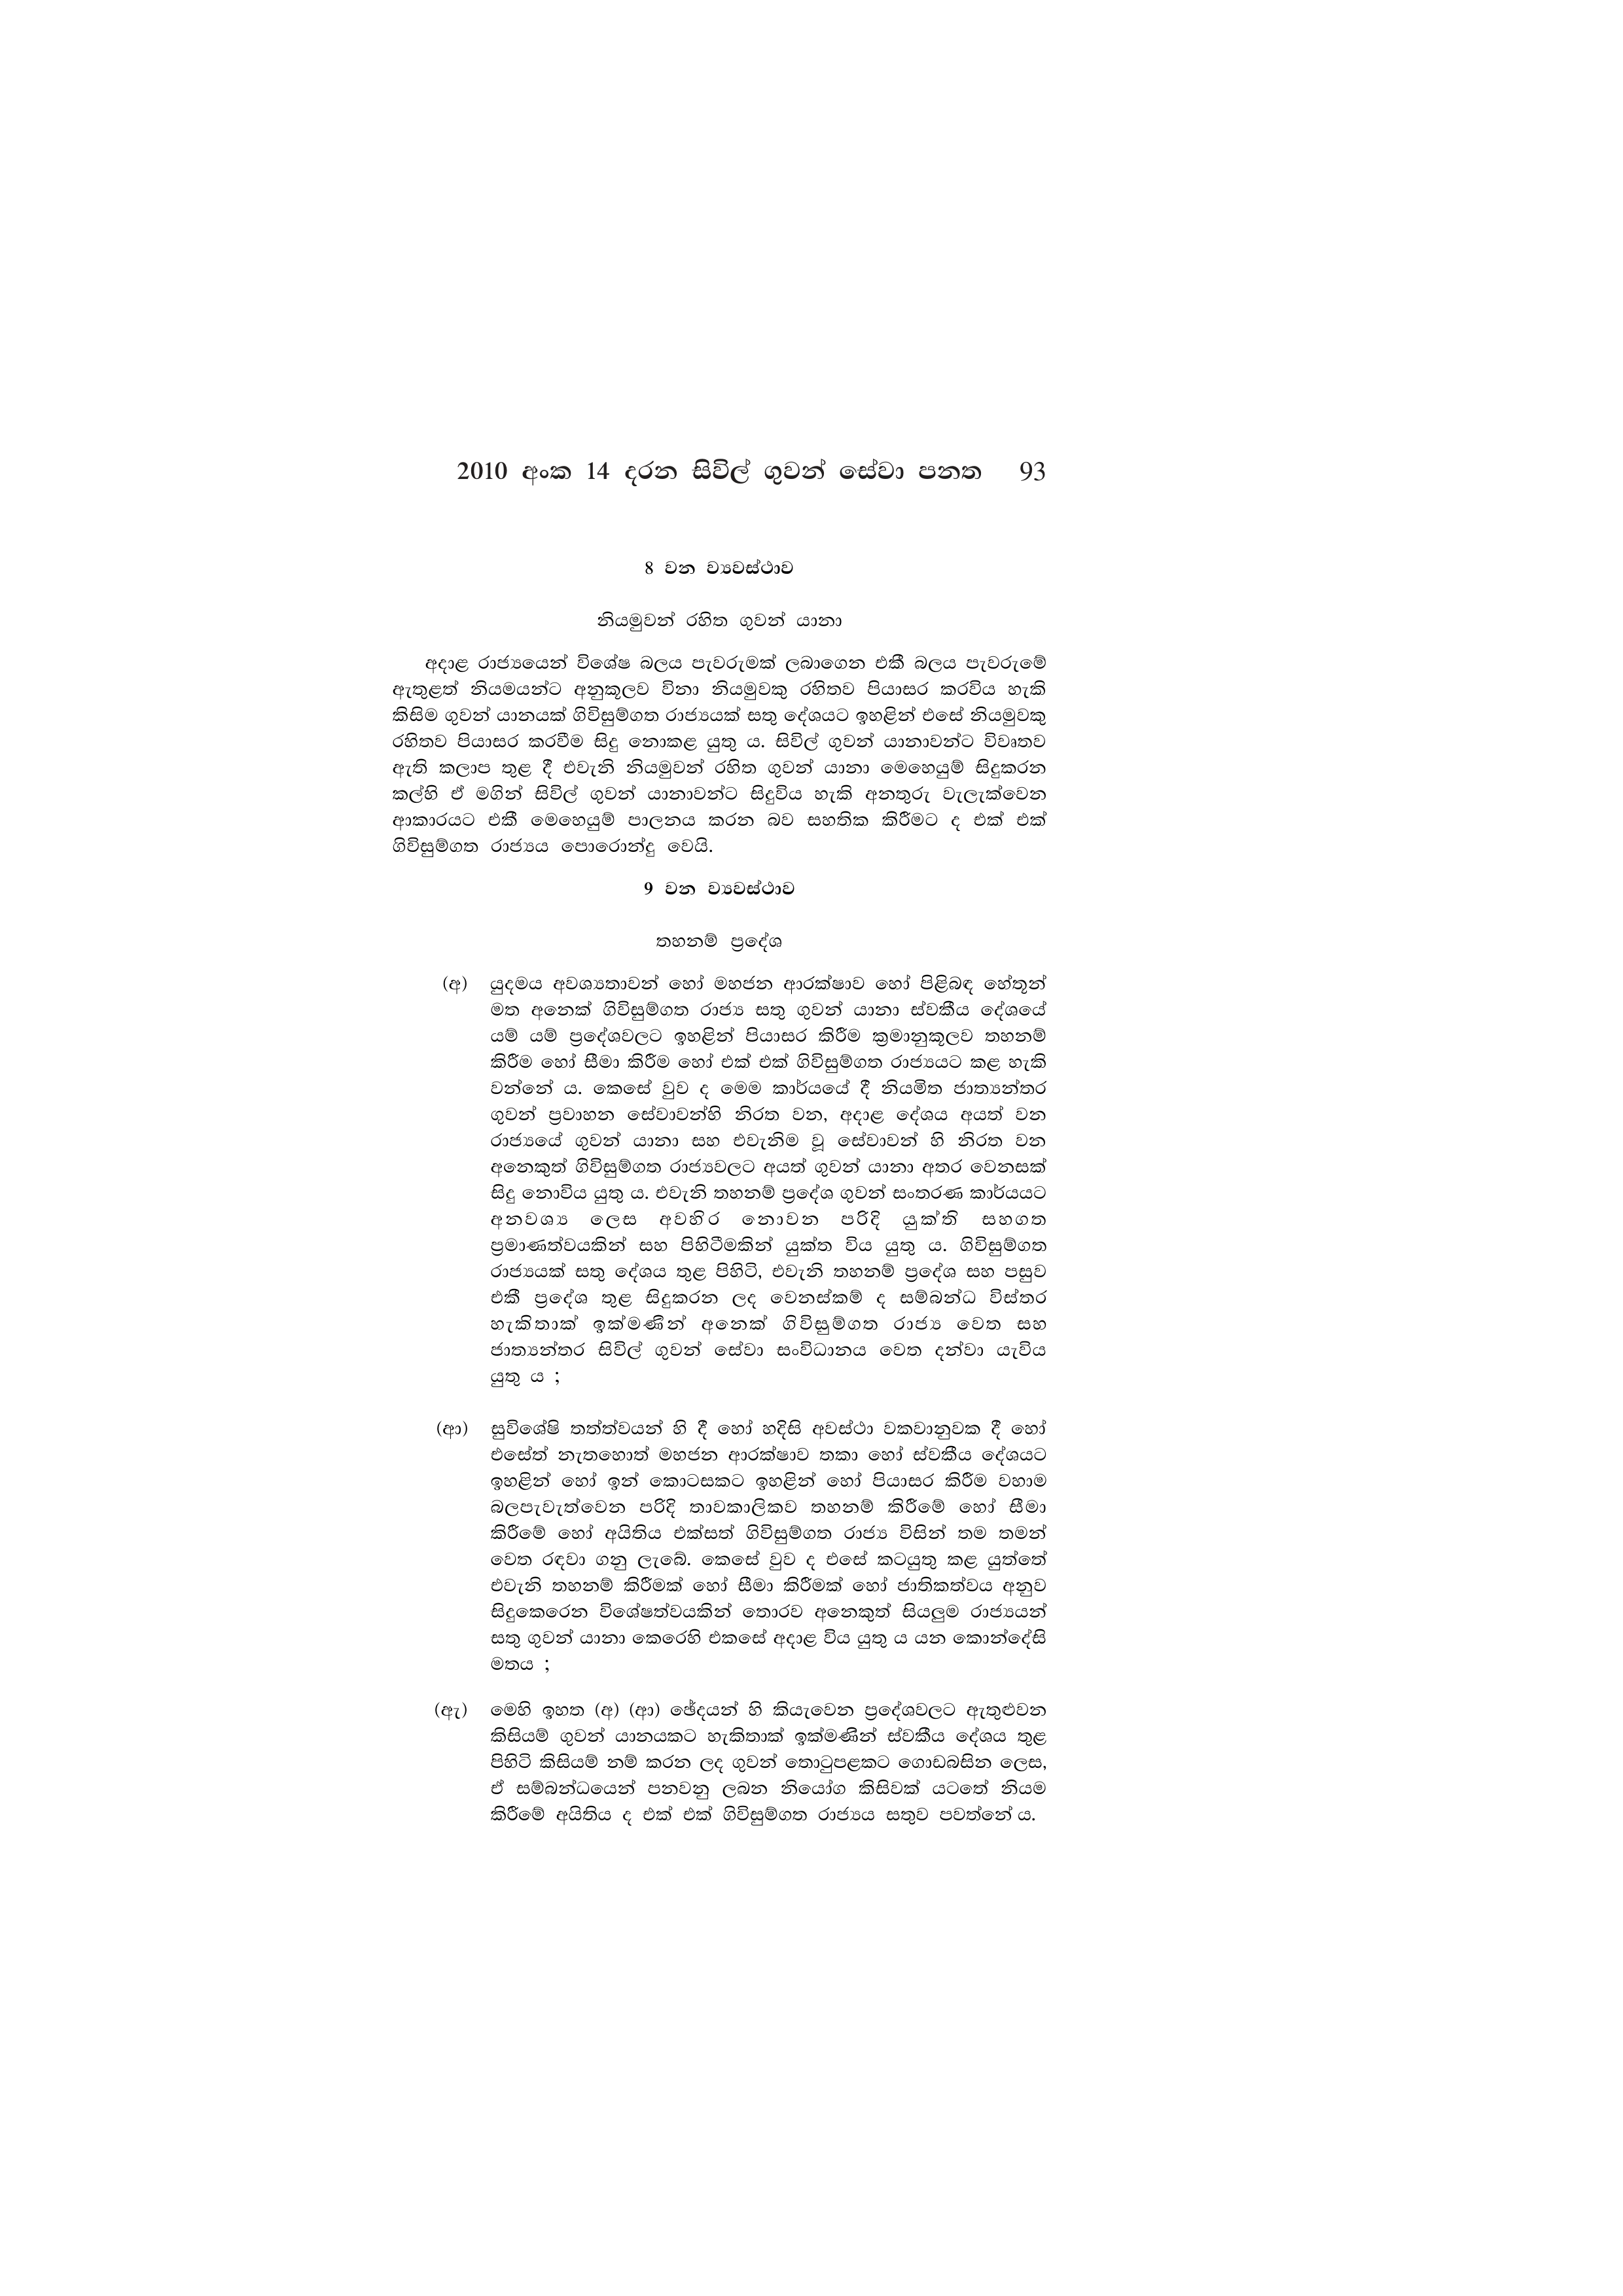
2010 අංක 14 දරන සිවිල් ගුවන් සේවා පනත 93

8 වන ව්‍යවස්ථාව

නියමුවන් රහිත ගුවන් යානා

අදාළ රාජ්‍යයෙන් විශේෂ බලය පැවරුමක් ලබාගෙන එකී බලය පැවරුමේ
ඇතුළත් නියමයන්ට අනුකූලව විනා නියමුවකු රහිතව පියාසර කරවිය හැකි
කිසිම ගුවන් යානයක් ගිවිසුම්ගත රාජ්‍යයක් සතු දේශයට ඉහළින් එසේ නියමුවකු
රහිතව පියාසර කරවීම සිදු නොකළ යුතු ය. සිවිල් ගුවන් යානාවන්ට විවෘතව
ඇති කලාප තුළ දී එවැනි නියමුවන් රහිත ගුවන් යානා මෙහෙයුම් සිදුකරන
කල්හි ඒ මගින් සිවිල් ගුවන් යානාවන්ට සිදුවිය හැකි අනතුරු වැලැක්වෙන
ආකාරයට එකී මෙහෙයුම් පාලනය කරන බව සහතික කිරීමට ද එක් එක්
ගිවිසුම්ගත රාජ්‍යය පොරොන්දු වෙයි.

9 වන ව්‍යවස්ථාව

තහනම් ප්‍රදේශ

(අ) යුදමය අවශ්‍යතාවන් හෝ මහජන ආරක්ෂාව හෝ පිළිබඳ හේතූන්
මත අනෙක් ගිවිසුම්ගත රාජ්‍ය සතු ගුවන් යානා ස්වකීය දේශයේ
යම් යම් ප්‍රදේශවලට ඉහළින් පියාසර කිරීම ක්‍රමානුකූලව තහනම්
කිරීම හෝ සීමා කිරීම හෝ එක් එක් ගිවිසුම්ගත රාජ්‍යයට කළ හැකි
වන්නේ ය. කෙසේ වුව ද මෙම කාර්යයේ දී නියමිත ජාත්‍යන්තර
ගුවන් ප්‍රවාහන සේවාවන්හි නිරත වන, අදාළ දේශය අයත් වන
රාජ්‍යයේ ගුවන් යානා සහ එවැනිම වූ සේවාවන් හි නිරත වන
අනෙකුත් ගිවිසුම්ගත රාජ්‍යවලට අයත් ගුවන් යානා අතර වෙනසක්
සිදු නොවිය යුතු ය. එවැනි තහනම් ප්‍රදේශ ගුවන් සංතරණ කාර්යයට
අනවශ්‍ය ලෙස අවහිර නොවන පරිදි යුක්ති සහගත
ප්‍රමාණත්වයකින් සහ පිහිටීමකින් යුක්ත විය යුතු ය. ගිවිසුම්ගත
රාජ්‍යයක් සතු දේශය තුළ පිහිටි, එවැනි තහනම් ප්‍රදේශ සහ පසුව
එකී ප්‍රදේශ තුළ සිදුකරන ලද වෙනස්කම් ද සම්බන්ධ විස්තර
හැකිතාක් ඉක්මණින් අනෙක් ගිවිසුම්ගත රාජ්‍ය වෙත සහ
ජාත්‍යන්තර සිවිල් ගුවන් සේවා සංවිධානය වෙත දන්වා යැවිය
යුතු ය ;

(ආ) සුවිශේෂි තත්ත්වයන් හි දී හෝ හදිසි අවස්ථා වකවානුවක දී හෝ
එසේත් නැතහොත් මහජන ආරක්ෂාව තකා හෝ ස්වකීය දේශයට
ඉහළින් හෝ ඉන් කොටසකට ඉහළින් හෝ පියාසර කිරීම වහාම
බලපැවැත්වෙන පරිදි තාවකාලිකව තහනම් කිරීමේ හෝ සීමා
කිරීමේ හෝ අයිතිය එක්සත් ගිවිසුම්ගත රාජ්‍ය විසින් තම තමන්
වෙත රඳවා ගනු ලැබේ. කෙසේ වුව ද එසේ කටයුතු කළ යුත්තේ
එවැනි තහනම් කිරීමක් හෝ සීමා කිරීමක් හෝ ජාතිකත්වය අනුව
සිදුකෙරෙන විශේෂත්වයකින් තොරව අනෙකුත් සියලුම රාජ්‍යයන්
සතු ගුවන් යානා කෙරෙහි එකසේ අදාළ විය යුතු ය යන කොන්දේසි
මතය ;

(ඇ) මෙහි ඉහත (අ) (ආ) ඡේදයන් හි කියැවෙන ප්‍රදේශවලට ඇතුළුවන
කිසියම් ගුවන් යානයකට හැකිතාක් ඉක්මණින් ස්වකීය දේශය තුළ
පිහිටි කිසියම් නම් කරන ලද ගුවන් තොටුපළකට ගොඩබසින ලෙස,
ඒ සම්බන්ධයෙන් පනවනු ලබන නියෝග කිසිවක් යටතේ නියම
කිරීමේ අයිතිය ද එක් එක් ගිවිසුම්ගත රාජ්‍යය සතුව පවත්නේ ය.